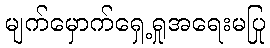
မျက်မှောက်ရှေ့ရှုအရေးမပြု